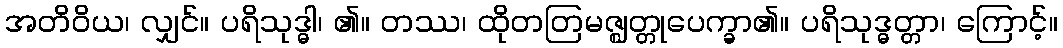
အတိဝိယ၊ လျှင်။ ပရိသုဒ္ဓါ၊ ၏။ တဿ၊ ထိုတတြမဇ္ဈတ္တုပေက္ခာ၏။ ပရိသုဒ္ဓတ္တာ၊ ကြောင့်။